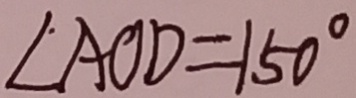
\angle A O D = 1 5 0 ^ { \circ }